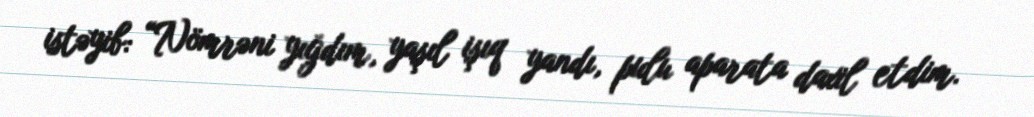
istəyib: “Nömrəni yığdım, yaşıl işıq yandı, pulu aparata daxil etdim.